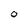
Character: 0